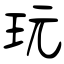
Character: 玩